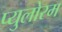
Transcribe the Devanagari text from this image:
प्युलोरम